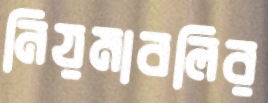
নিয়মাবলির